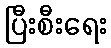
ပြီးစီးရေး